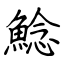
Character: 鯰